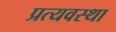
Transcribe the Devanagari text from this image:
प्रत्यवस्था